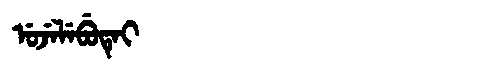
Manchu: ᡠᠵᡝᠯᡝᠪᡠᡨᡝᡳ
Romanization: UJELEBUTEI